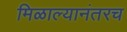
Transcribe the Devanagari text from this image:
मिळाल्यानंतरच